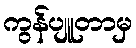
ကွန်ပျူတာမှ